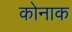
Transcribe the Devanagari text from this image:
कोनाक